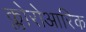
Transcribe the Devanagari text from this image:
क्लोरोआरिक